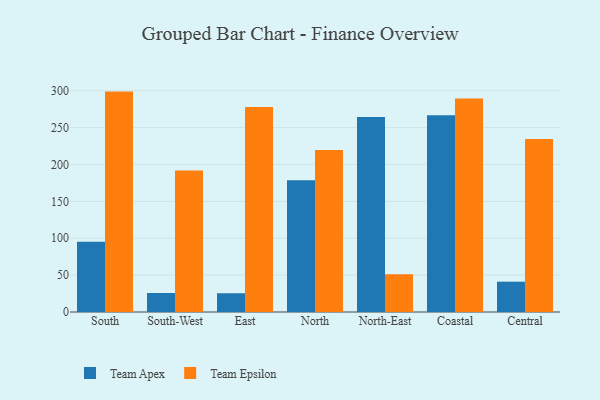
{"axis": {"x": "Region", "y": "Population (Million)"}, "legend": ["Team Apex", "Team Epsilon"], "data": [{"x": "South", "y": 95.2, "type": "Team Apex"}, {"x": "South", "y": 298.8, "type": "Team Epsilon"}, {"x": "South-West", "y": 25.8, "type": "Team Apex"}, {"x": "South-West", "y": 191.8, "type": "Team Epsilon"}, {"x": "East", "y": 25.4, "type": "Team Apex"}, {"x": "East", "y": 277.8, "type": "Team Epsilon"}, {"x": "North", "y": 178.7, "type": "Team Apex"}, {"x": "North", "y": 219.5, "type": "Team Epsilon"}, {"x": "North-East", "y": 264.3, "type": "Team Apex"}, {"x": "North-East", "y": 51.3, "type": "Team Epsilon"}, {"x": "Coastal", "y": 266.7, "type": "Team Apex"}, {"x": "Coastal", "y": 289.5, "type": "Team Epsilon"}, {"x": "Central", "y": 41.1, "type": "Team Apex"}, {"x": "Central", "y": 234.6, "type": "Team Epsilon"}]}